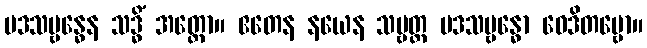
ပဒသမ္ဗန္ဓေန သဒ္ဓိံ အတ္ထော။ ဧတေန နယေန သဗ္ဗတ္ထ ပဒသမ္ဗန္ဓော ဝေဒိတဗ္ဗော။